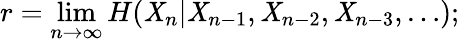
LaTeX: r=\operatorname*{lim}_{n\to\infty}H(\mathit{X}_{n}|\mathit{X}_{n-1},\mathit{X}_{n-2},\mathit{X}_{n-3},\ldots);